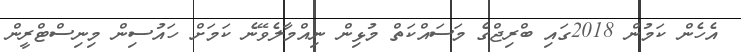
އެހެން ކަމުން 2018ގައި ބްރިޖްގެ މަސައްކަތް މުޅިން ނިއްމާލެވޭނެ ކަމަށް ހައުސިން މިނިސްޓްރީން